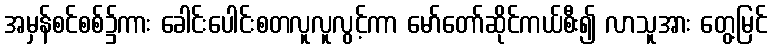
အမှန်စင်စစ်၌ကား ခေါင်းပေါင်းစတလူလူလွင့်ကာ မော်တော်ဆိုင်ကယ်စီး၍ လာသူအား တွေ့မြင်